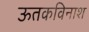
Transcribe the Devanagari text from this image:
ऊतकविनाश